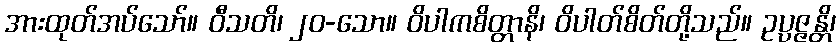
အားထုတ်အပ်သော်။ ဝီသတိ၊ ၂၀-သော။ ဝိပါကစိတ္တာနိ၊ ဝိပါတ်စိတ်တို့သည်။ ဥပ္ပဇ္ဇန္တိ၊